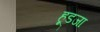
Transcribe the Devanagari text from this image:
हूडजा